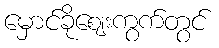
မှောင်ခိုဈေးကွက်တွင်